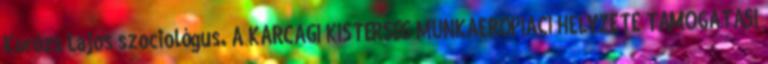
Korózs Lajos szociológus. A KARCAGI KISTÉRSÉG MUNKAERŐPIACI HELYZETE TÁMOGATÁSI